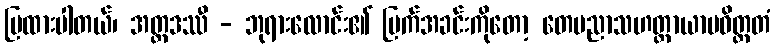
ပြထားပါတယ်၊ အတ္ထဒဿီ - ဘုရားလောင်း၏ မြက်အခင်းကိုတော့ တေပညာသဟတ္ထာယာမဝိတ္ထတံ